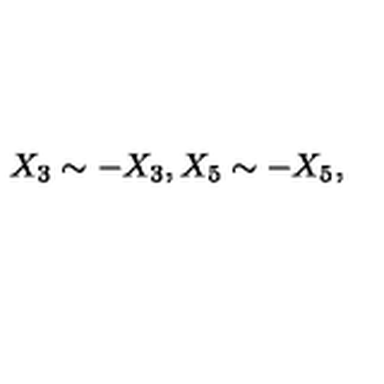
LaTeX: X _ { 3 } \sim - X _ { 3 } , X _ { 5 } \sim - X _ { 5 } ,